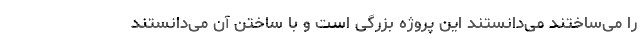
را می‌ساختند می‌دانستند این پروژه بزرگی است و با ساختن آن می‌دانستند